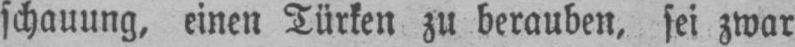
schauung, einen Türken zu berauben, sei zwar